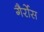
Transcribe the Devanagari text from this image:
गैर्रोस